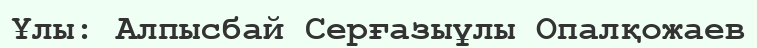
Ұлы: Алпысбай Серғазыұлы Опалқожаев